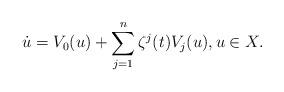
LaTeX: \begin{align*} \dot u=V_0(u)+\sum_{j=1}^n\zeta^j(t)V_j(u), u\in X.\end{align*}